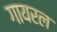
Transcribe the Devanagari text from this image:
गायरल